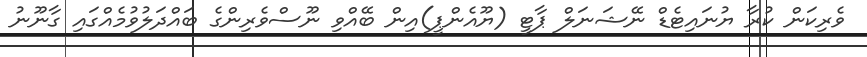
ވެރިކަން ކުރާ ޔުނައިޓެޑް ނޭޝަނަލް ޕާޓީ (ޔޫއެންޕީ)އިން ބޭއްވި ނޫސްވެރިންގެ ބައްދަލުވުމެއްގައި ގާނޫނު